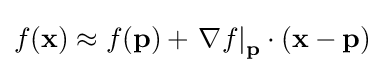
f({\mathbf {x} })\approx f({\mathbf {p} })+\left.{\nabla f}\right|_{\mathbf {p} }\cdot ({\mathbf {x} }-{\mathbf {p} })